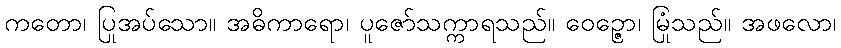
ကတော၊ ပြုအပ်သော။ အဓိကာရော၊ ပူဇော်သက္ကာရသည်။ ဝေဉ္ဇော၊ မြုံသည်။ အဖလော၊